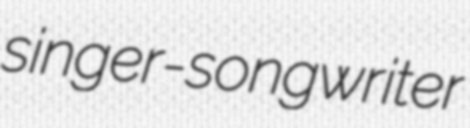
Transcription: singer-songwriter